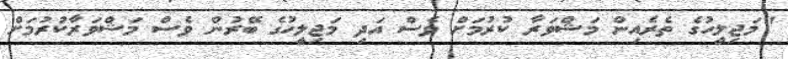
"މަޖިލީހުގެ ތެރެއިން މަޝްވަރާ ކުރުމަށް ވެސް އަދި މަޖިލީހުގެ ބޭރުން ވެސް މަޝްވަރާކުރުމަށް